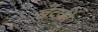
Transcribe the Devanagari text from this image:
खटकी